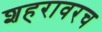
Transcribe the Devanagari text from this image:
शहरावरच